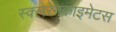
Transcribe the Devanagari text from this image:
स्क्लेरेनकाइमेटस